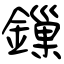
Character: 鏁